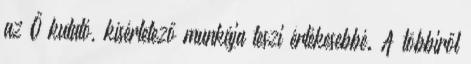
az Ő kutató, kísérletező munkája teszi értékesebbé. A többiről